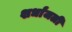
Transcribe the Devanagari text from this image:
शर्धांजली